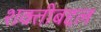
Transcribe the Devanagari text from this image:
शक्तीबद्दल